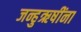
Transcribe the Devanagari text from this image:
जन्हुऋषींना